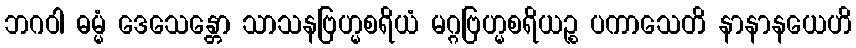
ဘဂဝါ ဓမ္မံ ဒေသေန္တော သာသနဗြဟ္မစရိယံ မဂ္ဂဗြဟ္မစရိယဉ္စ ပကာသေတိ နာနာနယေဟိ